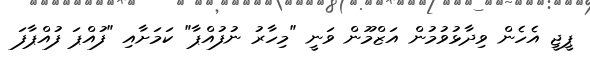
ޕީޖީ އެހެން ވިދާޅުވުމުން އަޒްމޫން ވަނީ "މިހާރު ނުފުއްޕާ" ކަމަށާއި "ފުއްޕަ ފުއްޕާފަ